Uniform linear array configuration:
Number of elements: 12
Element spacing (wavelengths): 0.25
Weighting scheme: hann
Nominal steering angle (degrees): -45
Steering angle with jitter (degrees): -45.584
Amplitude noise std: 0.05
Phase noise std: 0.05

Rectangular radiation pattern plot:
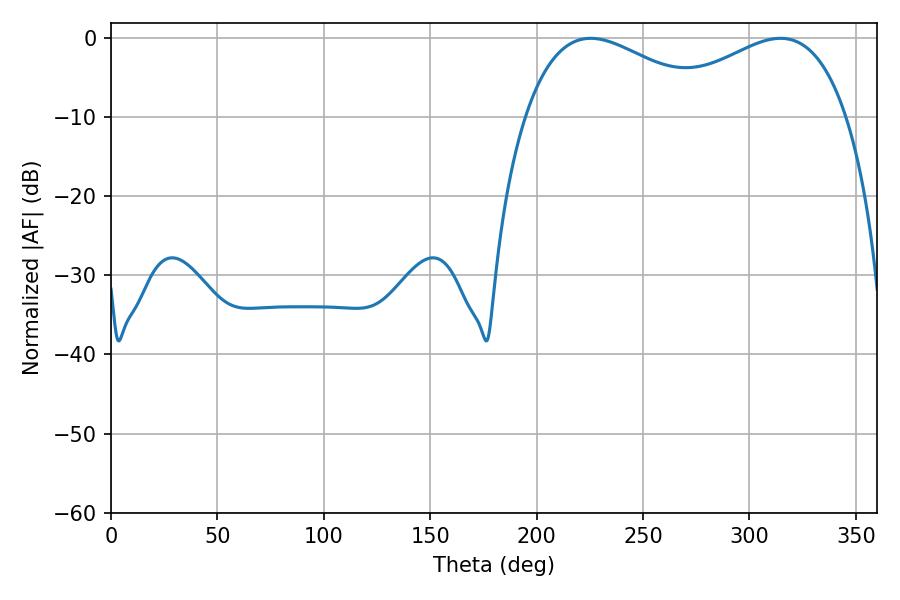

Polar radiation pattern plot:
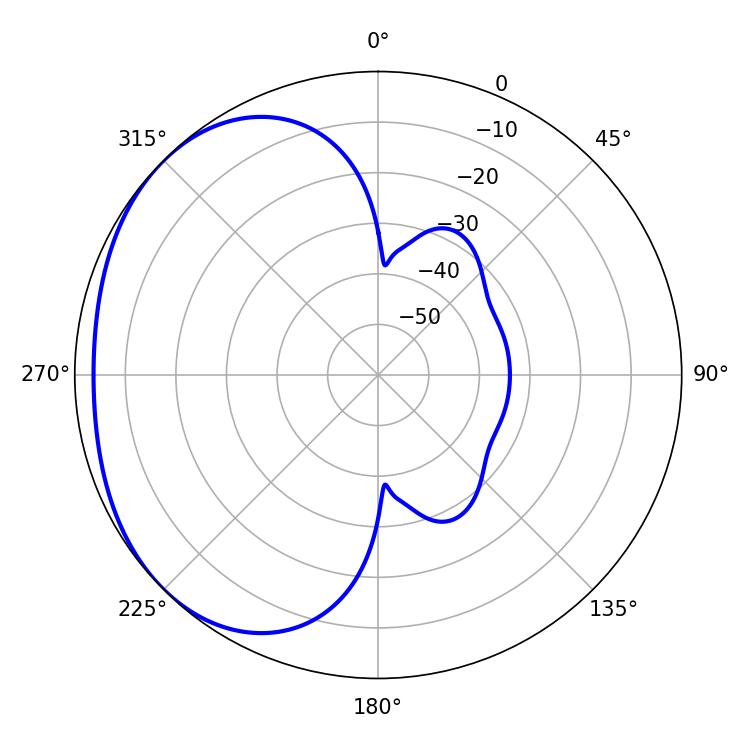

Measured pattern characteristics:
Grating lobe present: FALSE
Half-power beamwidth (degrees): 49.68
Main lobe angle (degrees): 225.36